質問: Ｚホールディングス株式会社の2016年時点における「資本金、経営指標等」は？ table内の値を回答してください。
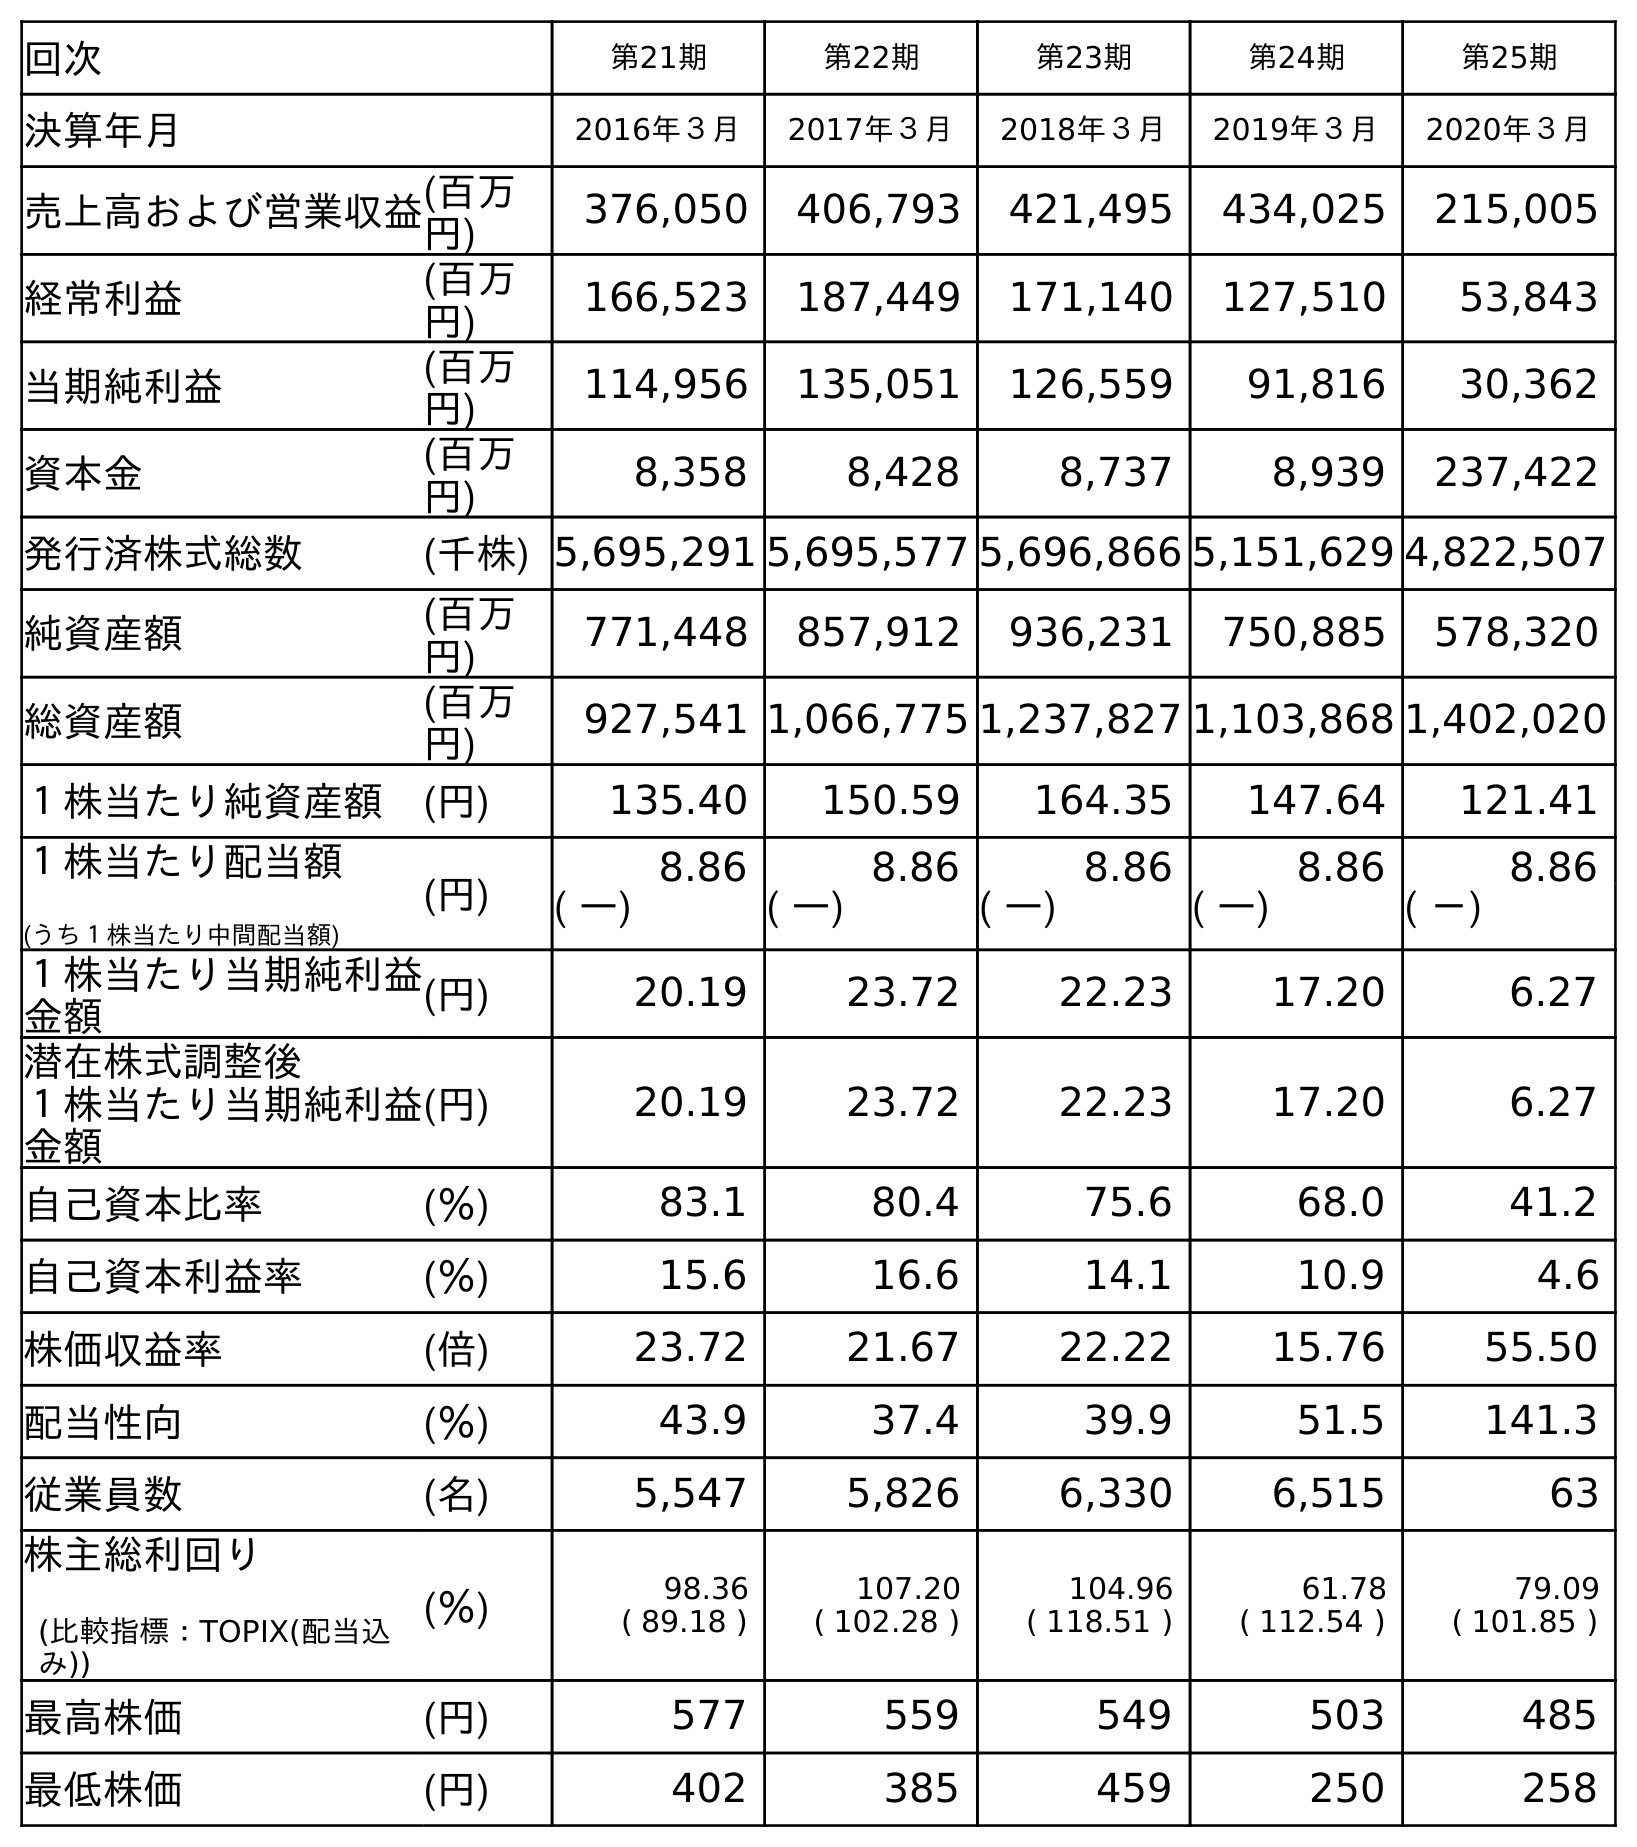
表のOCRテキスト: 回次 第21期 第22期 第23期 第24期 第25期 決算年月 2016年３月 2017年３月 2018年３月 2019年３月 2020年３月 売上高および営業収益(百万 円) 376,050 406,793 421,495 434,025 215,005 経常利益 (百万 円) 166,523 187,449 171,140 127,510 53,843 当期純利益 (百万 円) 114,956 135,051 126,559 91,816 30,362 資本金 (百万 円) 8,358 8,428 8,737 8,939 237,422 発行済株式総数 (千株) 5,695,291 5,695,577 5,696,866 5,151,629 4,822,507 純資産額 (百万 円) 771,448 857,912 936,231 750,885 578,320 総資産額 (百万 円) 927,541 1,066,775 1,237,827 1,103,868 1,402,020 １株当たり純資産額 (円) 135.40 150.59 164.35 147.64 121.41 １株当たり配当額 (うち１株当たり中間配当額) (円) 8.86 8.86 8.86 8.86 8.86 ( ―) ( ―) ( ―) ( ―) ( －) １株当たり当期純利益 金額 (円) 20.19 23.72 22.23 17.20 6.27 潜在株式調整後 １株当たり当期純利益 金額 (円) 20.19 23.72 22.23 17.20 6.27 自己資本比率 (％) 83.1 80.4 75.6 68.0 41.2 自己資本利益率 (％) 15.6 16.6 14.1 10.9 4.6 株価収益率 (倍) 23.72 21.67 22.22 15.76 55.50 配当性向 (％) 43.9 37.4 39.9 51.5 141.3 従業員数 (名) 5,547 5,826 6,330 6,515 63 株主総利回り (比較指標：TOPIX(配当込 み)) (％) 98.36 ( 89.18 ) 107.20 ( 102.28 ) 104.96 ( 118.51 ) 61.78 ( 112.54 ) 79.09 ( 101.85 ) 最高株価 (円) 577 559 549 503 485 最低株価 (円) 402 385 459 250 258
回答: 8,358